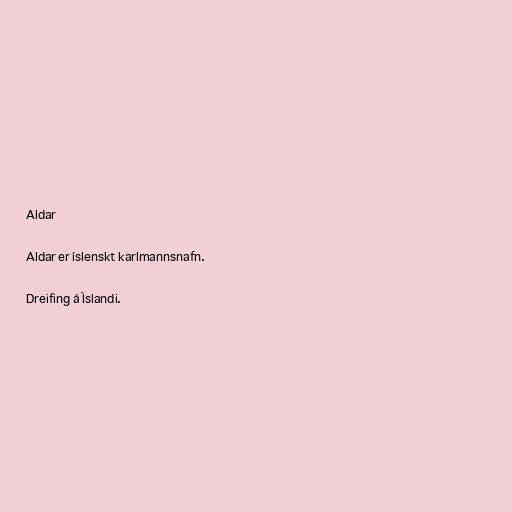
Aldar

Aldar er íslenskt karlmannsnafn.

Dreifing á Íslandi.